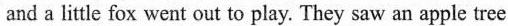
and a little fox went out to play. They saw an apple tree